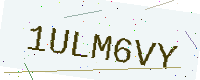
Text: 1ULM6VY